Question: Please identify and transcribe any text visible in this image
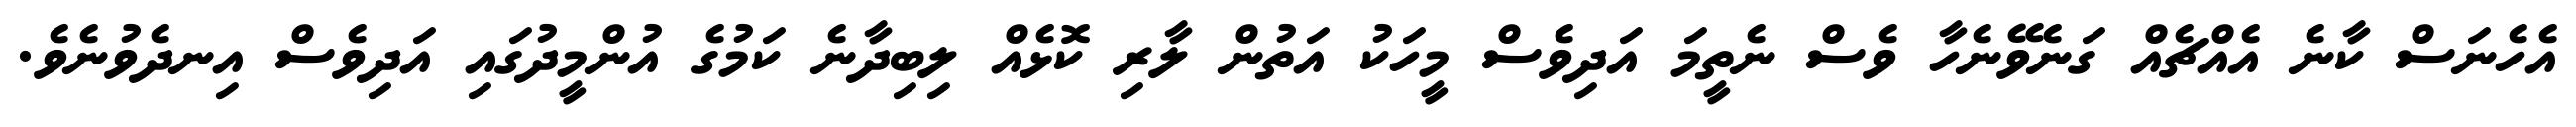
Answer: އެހެނަސް ކާނެ އެއްޗެއް ގަނެވޭނެހާ ވެސް ނެތީމަ އަދިވެސް މީހަކު އަތުން ލާރި ކޮޅެއް ލިބިދާނެ ކަމުގެ އުންމީދުގައި އަދިވެސް އިނދެވުނެވެ.